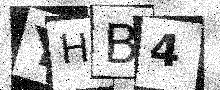
Text: YHB4